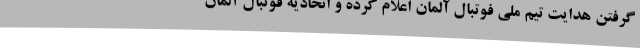
گرفتن هدایت تیم ملی فوتبال آلمان اعلام کرده و اتحادیه فوتبال آلمان